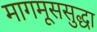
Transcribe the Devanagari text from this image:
मागमूससुद्धा